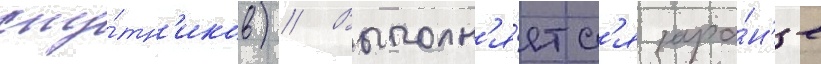
спу́тн'иков) // Выполн'я́етс'я зара́н'ее